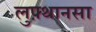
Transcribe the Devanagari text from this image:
लुफ़्थानसा